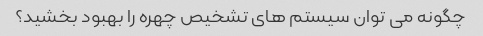
چگونه می توان سیستم های تشخیص چهره را بهبود بخشید؟